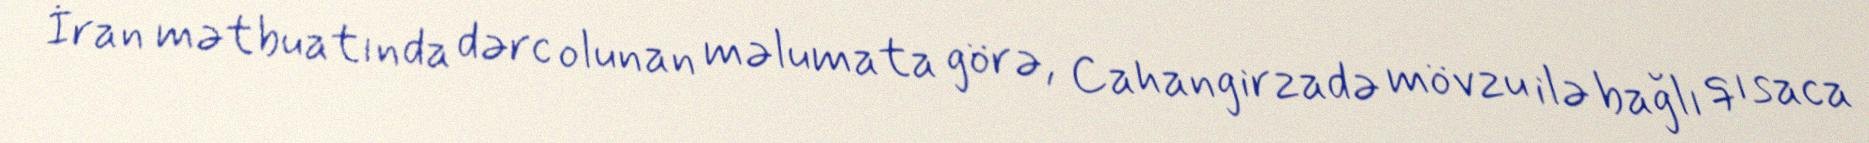
İran mətbuatında dərc olunan məlumata görə, Cahangirzadə mövzu ilə bağlı qısaca